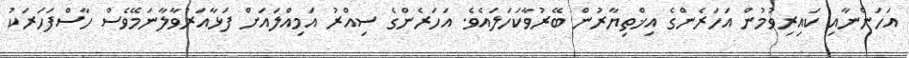
އަހަންނާއި ކައިރިވުމުން އަހަރެންގެ އިޚްތިޔާރުން ބޭރުވާކަހަލައެވެ. އަހަރެންގެ ސިއްރު އަމިއްލައަށް ފަޅާއަރުވާލާނަމޭވެސް ހާސްފަހަރަކު